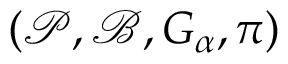
( \mathcal { P } , \mathcal { B } , G _ { \alpha } , \pi )